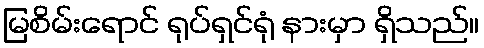
မြစိမ်းရောင် ရုပ်ရှင်ရုံ နားမှာ ရှိသည်။